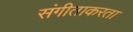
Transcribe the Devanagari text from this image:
संगीताकरता